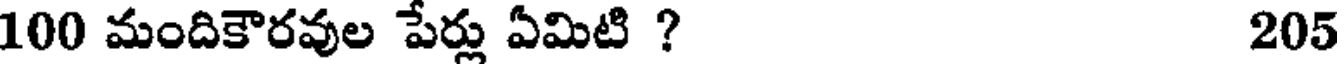
100 మందికౌరవుల పేర్లు ఏమిటి ? 205